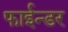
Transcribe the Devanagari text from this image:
फाईन्डर